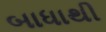
બાધાથી